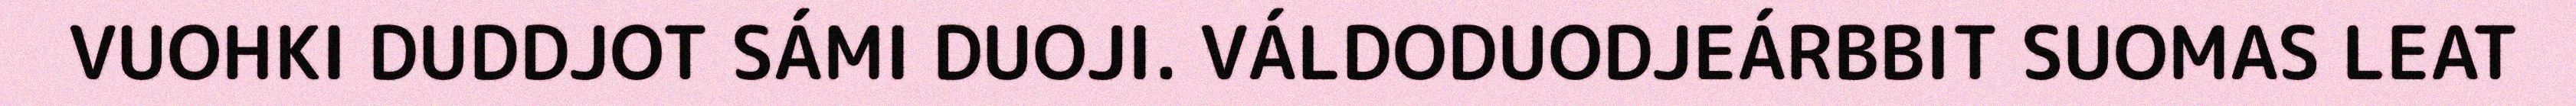
VUOHKI DUDDJOT SÁMI DUOJI. VÁLDODUODJEÁRBBIT SUOMAS LEAT